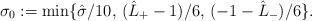
LaTeX: \begin{align*}\sigma_0:= \min \lbrace \hat{\sigma}/10, \, (\hat{L}_+ -1)/6, \, (-1 - \hat{L}_- )/6 \rbrace.\end{align*}